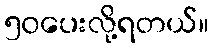
၅၀ပေးလို့ရတယ်။